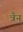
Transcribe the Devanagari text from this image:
त्रैन्